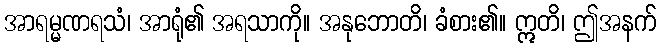
အာရမ္မဏရသံ၊ အာရုံ၏ အရသာကို။ အနုဘောတိ၊ ခံစား၏။ ဣတိ၊ ဤအနက်